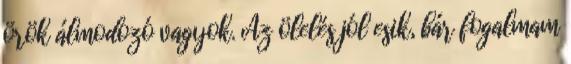
örök álmodozó vagyok. Az ölelés jól esik, bár fogalmam